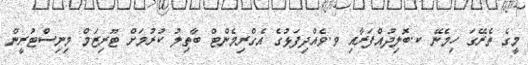
މީގެ ތެރޭގަ ހިމެނޭ ކ.ބޮލިދުއްފަރާއިި ވ.ވެއްދިފަޅުގެ އެގްރިމެންޓް ބާތިލު ކުރުމަށް ޓޫރިޒަމް މިނިސްޓުރީން